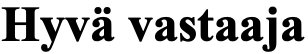
Hyvä vastaaja